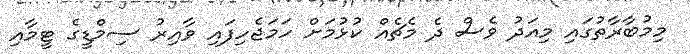
މިމުބާރާތުގައި މިއަދު ވެސް ދެ މެޗެއް ކުޅުމަށް ހަމަޖެހިފައި ވާއިރު ސިމްޑީގެ ޓީމާއި